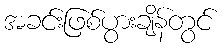
အခင်းဖြစ်ပွားချိန်တွင်